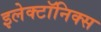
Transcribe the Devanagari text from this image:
इलेक्टॉनिक्स